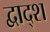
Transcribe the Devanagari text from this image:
द्वाद्श